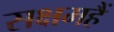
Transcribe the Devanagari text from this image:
सक्षमहैं